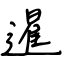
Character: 暹